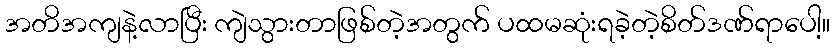
အတိအကျနဲ့လာပြီး ကျဲသွားတာဖြစ်တဲ့အတွက် ပထမဆုံးရခဲ့တဲ့စိတ်ဒဏ်ရာပေါ့။